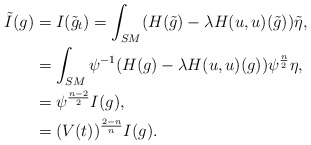
\begin{align*}\tilde{I}(g)&=I(\tilde{g}_t)=\int_{SM}(H(\tilde{g})-\lambda H(u,u)(\tilde{g}))\tilde{\eta},\\&=\int_{SM}\psi^{-1}(H(g)-\lambda H(u,u)(g))\psi^{\frac{n}{2}}\eta,\\&=\psi^{\frac{n-2}{2}}I(g),\\&=(V(t))^{\frac{2-n}{n}}I(g).\end{align*}